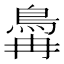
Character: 𬷆